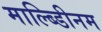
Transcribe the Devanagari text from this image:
माल्ब्डिीनम